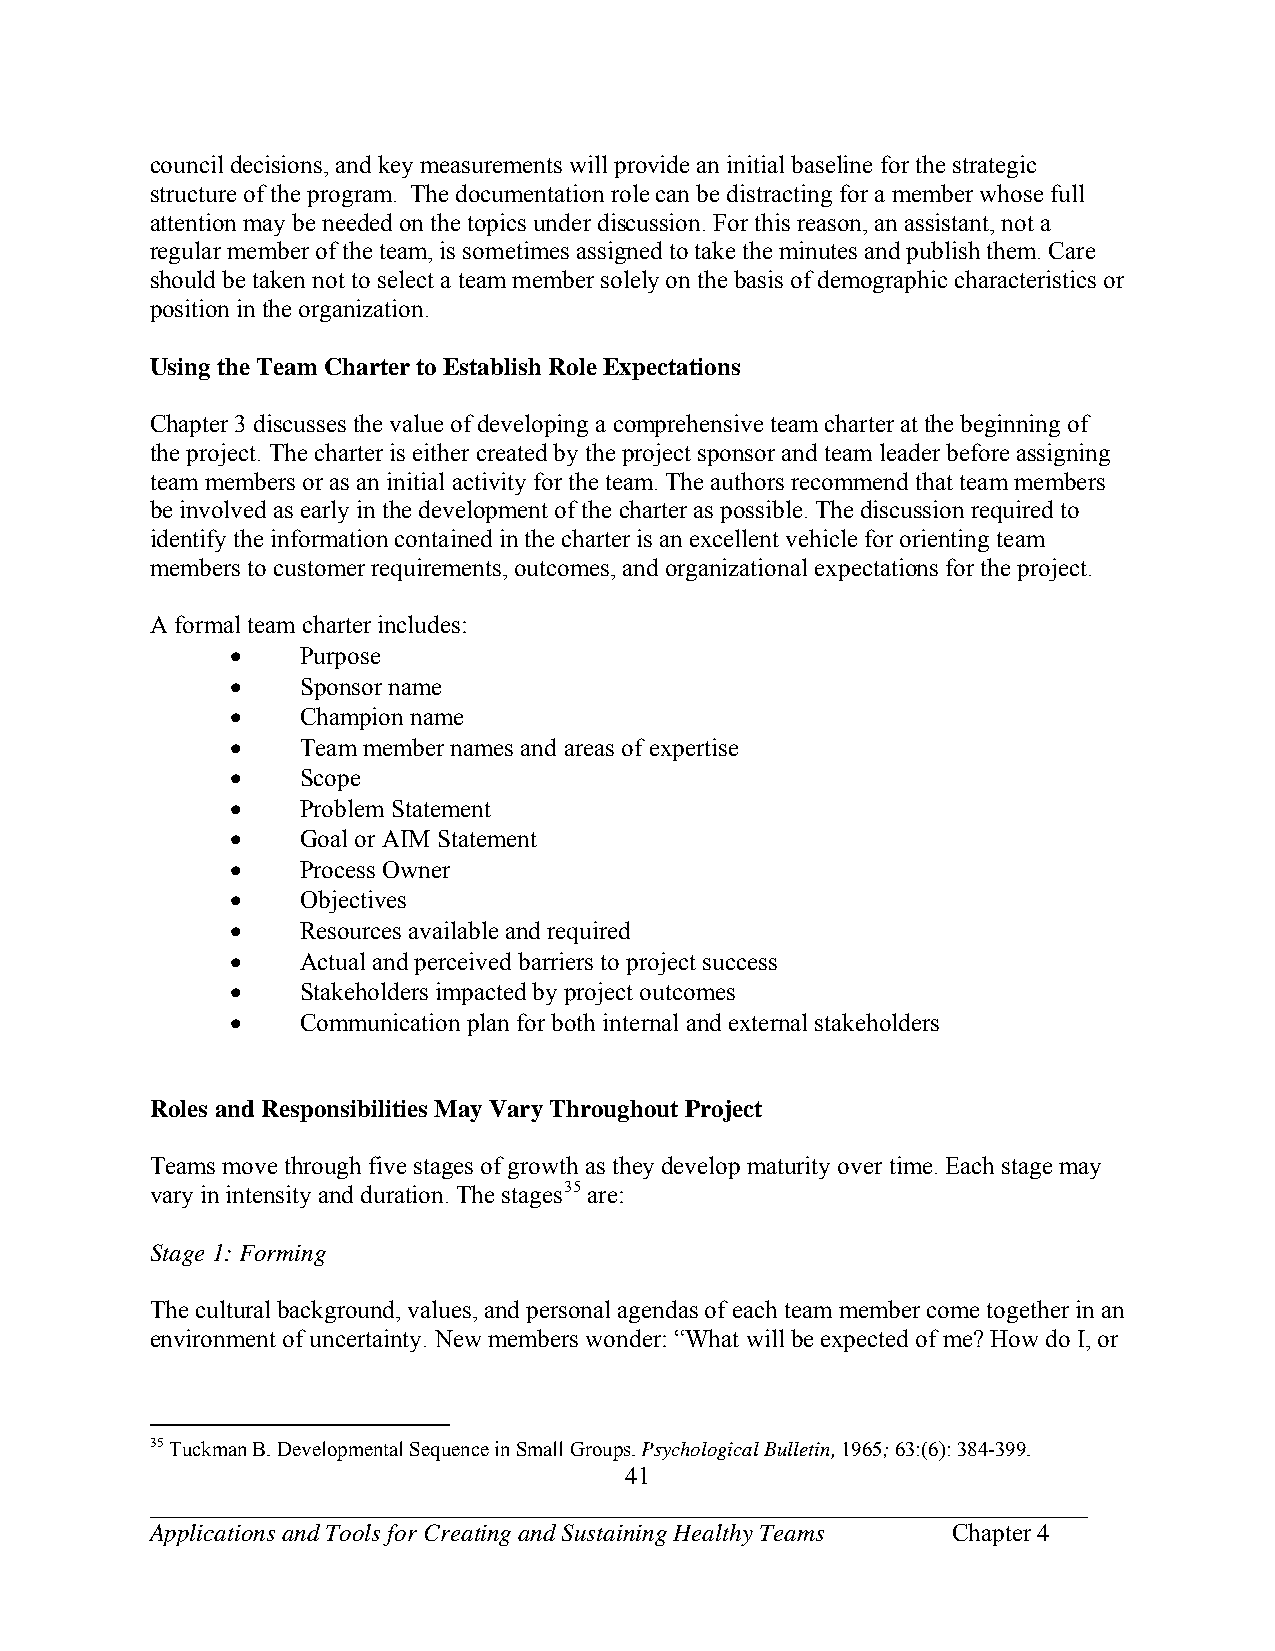
council decisions, and key measurements will provide an initial baseline for the strategic
 structure of the program. The documentation role can be distracting for a member whose full
 attention may be needed on the topics under discussion. For this reason, an assistant, not a
 regular member of the team, is sometimes assigned to take the minutes and publish them. Care
 should be taken not to select a team member solely on the basis of demographic characteristics or
 position in the organization.
 Using the Team Charter to Establish Role Expectations
 Chapter 3 discusses the value of developing a comprehensive team charter at the beginning of
 the project. The charter is either created by the project sponsor and team leader before assigning
 team members or as an initial activity for the team. The authors recommend that team members
 be involved as early in the development of the charter as possible. The discussion required to
 identify the information contained in the charter is an excellent vehicle for orienting team
 members to customer requirements, outcomes, and organizational expectations for the project.
 A formal team charter includes:
     Purpose
     Sponsor name
     Champion name
     Team member names and areas of expertise
     Scope
     Problem Statement
     Goal or AIM Statement
     Process Owner
     Objectives
     Resources available and required
     Actual and perceived barriers to project success
     Stakeholders impacted by project outcomes
     Communication plan for both internal and external stakeholders
 Roles and Responsibilities May Vary Throughout Project
 Teams move through five stages of growth as they develop maturity over time. Each stage may
 vary in intensity and duration. The stages35 are:
 Stage 1: Forming
 The cultural background, values, and personal agendas of each team member come together in an
 environment of uncertainty. New members wonder: “What will be expected of me? How do I, or
 35 Tuckman B. Developmental Sequence in Small Groups. Psychological Bulletin, 1965; 63:(6): 384-399.
 41
 ___________________________________________________________________________
 Applications and Tools for Creating and Sustaining Healthy Teams Chapter 4